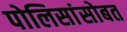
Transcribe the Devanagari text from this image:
पोलिसांसोबत